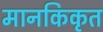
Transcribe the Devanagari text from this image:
मानकिकृत